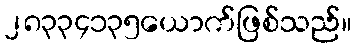
၂၈၃၃၄၁၃၅ယောက်ဖြစ်သည်။